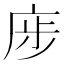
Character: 𢈨